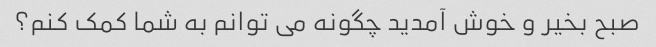
صبح بخیر و خوش آمدید چگونه می توانم به شما کمک کنم؟